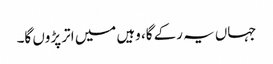
جہاں یہ رکے گا، وہیں میں اتر پڑوں گا۔